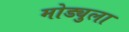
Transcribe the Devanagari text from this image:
मोड्युला